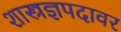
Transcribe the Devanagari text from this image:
शास्त्रज्ञपदावर